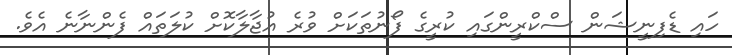
ހައި ޑެފިނީޝަން ސްކްރީންގައި ކުރީގެ ފޯނުތަކަށް ވުރެ އުޖާލާކޮށް ކުލަތައް ފެންނާނެ އެވެ.